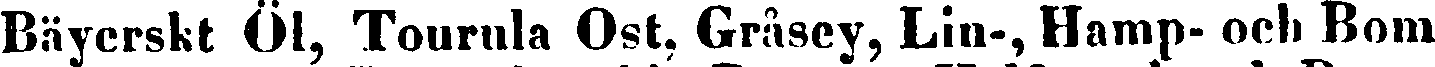
Bäyerskt Öl, Tourula Ost. Gråsey, Lin-, Hamp- och Bom